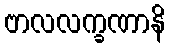
ဗာလလက္ခဏာနိ